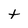
Character: t